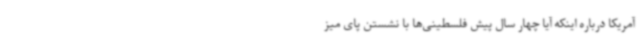
آمریکا درباره اینکه آیا چهار سال پیش فلسطینی‌ها با نشستن پای میز